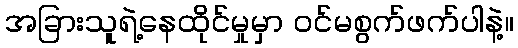
အခြားသူရဲ့နေထိုင်မှုမှာ ဝင်မစွက်ဖက်ပါနဲ့။